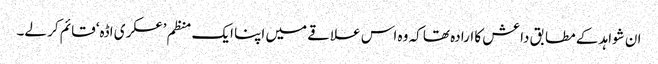
ان شواہد کے مطابق داعش کا ارادہ تھا کہ وہ اس علاقے میں اپنا ایک منظم ’عسکری اڈہ‘ قائم کر لے۔